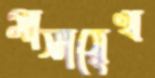
মাসায়েখ